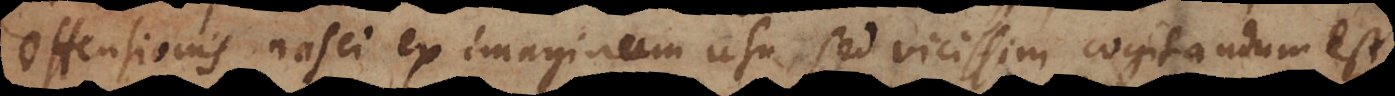
offensionis nasci ex imaginum usu, sed vicissim cogitandum est,